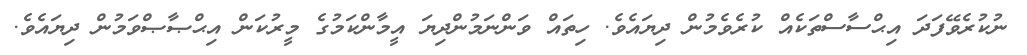
ނުކުރެވޭފަދަ އިޙްސާސްތަކެއް ކުރެވެމުން ދިޔައެވެ. ހިތައް ވަންނަމުންދިޔަ އީމާންކަމުގެ މީރުކަން އިޙްޞާޞްވަމުން ދިޔައެވެ.